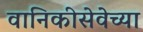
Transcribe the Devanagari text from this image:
वानिकीसेवेच्या